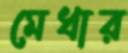
মেধার